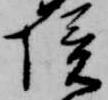
境